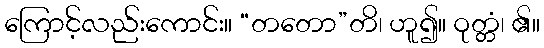
ကြောင့်လည်းကောင်း။ “တတော”တိ၊ ဟူ၍။ ဝုတ္တံ၊ ၏။